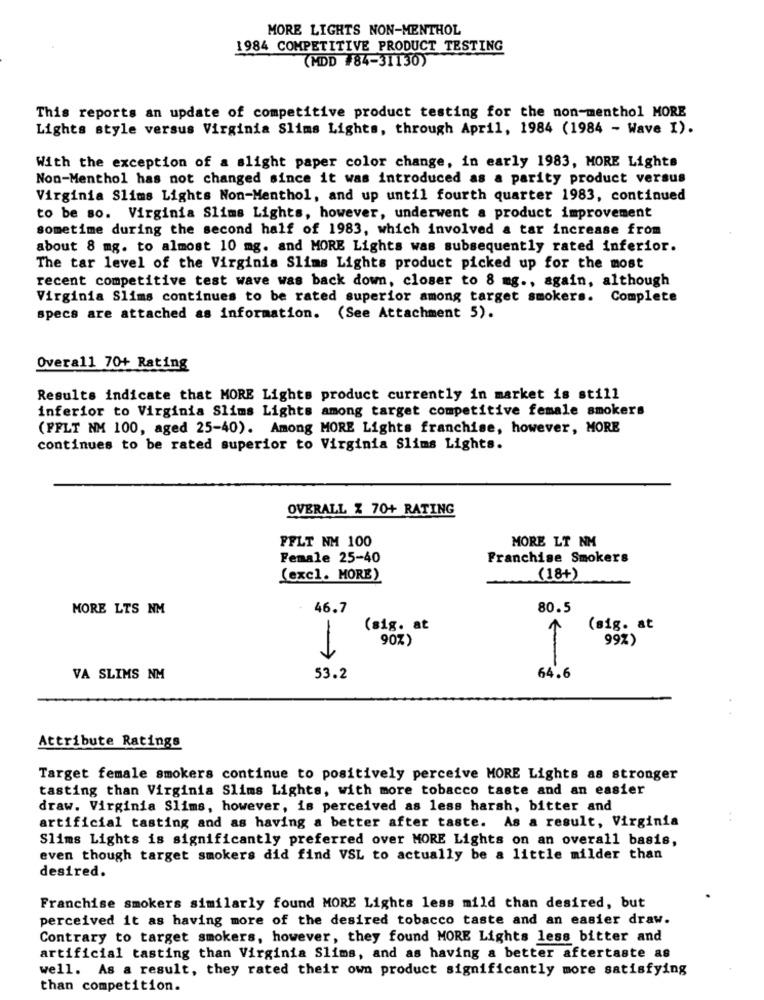
MORE LIGHTS NON-MENTHOL
1984 COMPETITIVE PRODUCT TESTING
(MDD #84-31130)
This reports an update of competitive product testing for the non-menthol MORE
Lights style versus Virginia Slims Lights, through April, 1984 (1984 - Wave I).
With the exception of a slight paper color change, in early 1983, MORE Lights
Non-Menthol has not changed since it was introduced as a parity product versus
Virginia Slims Lights Non-Menthol, and up until fourth quarter 1983, continued
to be so. Virginia Slims Lights, however, underwent a product improvement
sometime during the second half of 1983, which involved a tar increase from
about 8 mg. to almost 10 mg. and MORE Lights was subsequently rated inferior.
The tar level of the Virginia Slims Lights product picked up for the most
recent competitive test wave was back down, closer to 8 mg ., again, although
Virginia Slims continues to be rated superior among target smokers. Complete
specs are attached as information. (See Attachment 5).
Overall 70+ Rating
Results indicate that MORE Lights product currently in market is still
inferior to Virginia Slims Lights among target competitive female smokers
(FFLT NM 100, aged 25-40). Among MORE Lights franchise, however, MORE
continues to be rated superior to Virginia Slims Lights.
OVERALL Z 70+ RATING
FFLT NM 100
MORE LT NM
Female 25-40
Franchise Smokers
(excl. MORE)
(18+)
MORE LTS NM
46.7
80.5
(sig. at
(sig. at
90%)
99%)
VA SLIMS NM
53.2
64.6
Attribute Ratings
Target female smokers continue to positively perceive MORE Lights as stronger
tasting than Virginia Slims Lights, with more tobacco taste and an easier
draw. Virginia Slims, however, is perceived as less harsh, bitter and
artificial tasting and as having a better after taste. As a result, Virginia
Slims Lights is significantly preferred over MORE Lights on an overall basis,
even though target smokers did find VSL to actually be a little milder than
desired.
Franchise smokers similarly found MORE Lights less mild than desired, but
perceived it as having more of the desired tobacco taste and an easier draw.
Contrary to target smokers, however, they found MORE Lights less bitter and
artificial tasting than Virginia Slims, and as having a better aftertaste as
well. As a result, they rated their own product significantly more satisfying
than competition.